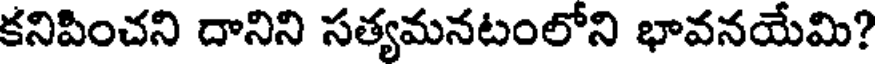
కనిపించని దానిని సత్యమనటంలోని భావనయేమి?